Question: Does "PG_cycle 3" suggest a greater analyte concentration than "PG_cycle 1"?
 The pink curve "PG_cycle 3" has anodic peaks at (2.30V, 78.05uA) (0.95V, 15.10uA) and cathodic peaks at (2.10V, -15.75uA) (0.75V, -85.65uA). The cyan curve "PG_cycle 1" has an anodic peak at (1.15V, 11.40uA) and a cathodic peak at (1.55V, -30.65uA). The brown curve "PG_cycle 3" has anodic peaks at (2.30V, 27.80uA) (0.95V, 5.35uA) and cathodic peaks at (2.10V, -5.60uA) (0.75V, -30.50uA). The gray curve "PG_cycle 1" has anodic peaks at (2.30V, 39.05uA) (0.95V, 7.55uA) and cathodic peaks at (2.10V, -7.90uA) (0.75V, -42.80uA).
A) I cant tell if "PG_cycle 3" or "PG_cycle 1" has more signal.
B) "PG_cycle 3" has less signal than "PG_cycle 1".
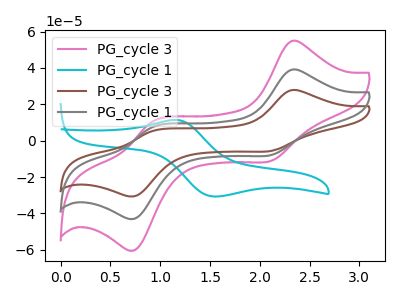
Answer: <think>All the peaks in "PG_cycle 3" have a peak in "PG_cycle 1" at the same potential. Every peak in "PG_cycle 3" is lower than every peak in "PG_cycle 1".
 </think>
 <answer>B) "PG_cycle 3" has less signal than "PG_cycle 1".</answer>
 <eval>B</eval>